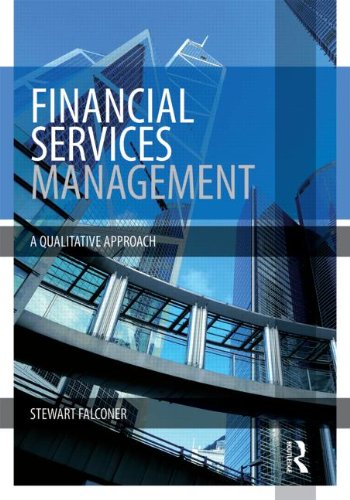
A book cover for Financial Services Management: A Qualitative Approach; Stewart Falconer; Business & Money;